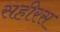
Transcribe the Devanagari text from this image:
सहीरस